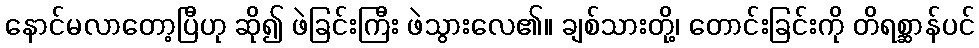
နောင်မလာတော့ပြီဟု ဆို၍ ဖဲခြင်းကြီး ဖဲသွားလေ၏။ ချစ်သားတို့၊ တောင်းခြင်းကို တိရစ္ဆာန်ပင်